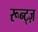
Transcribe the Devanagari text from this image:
रून्ट्ज़